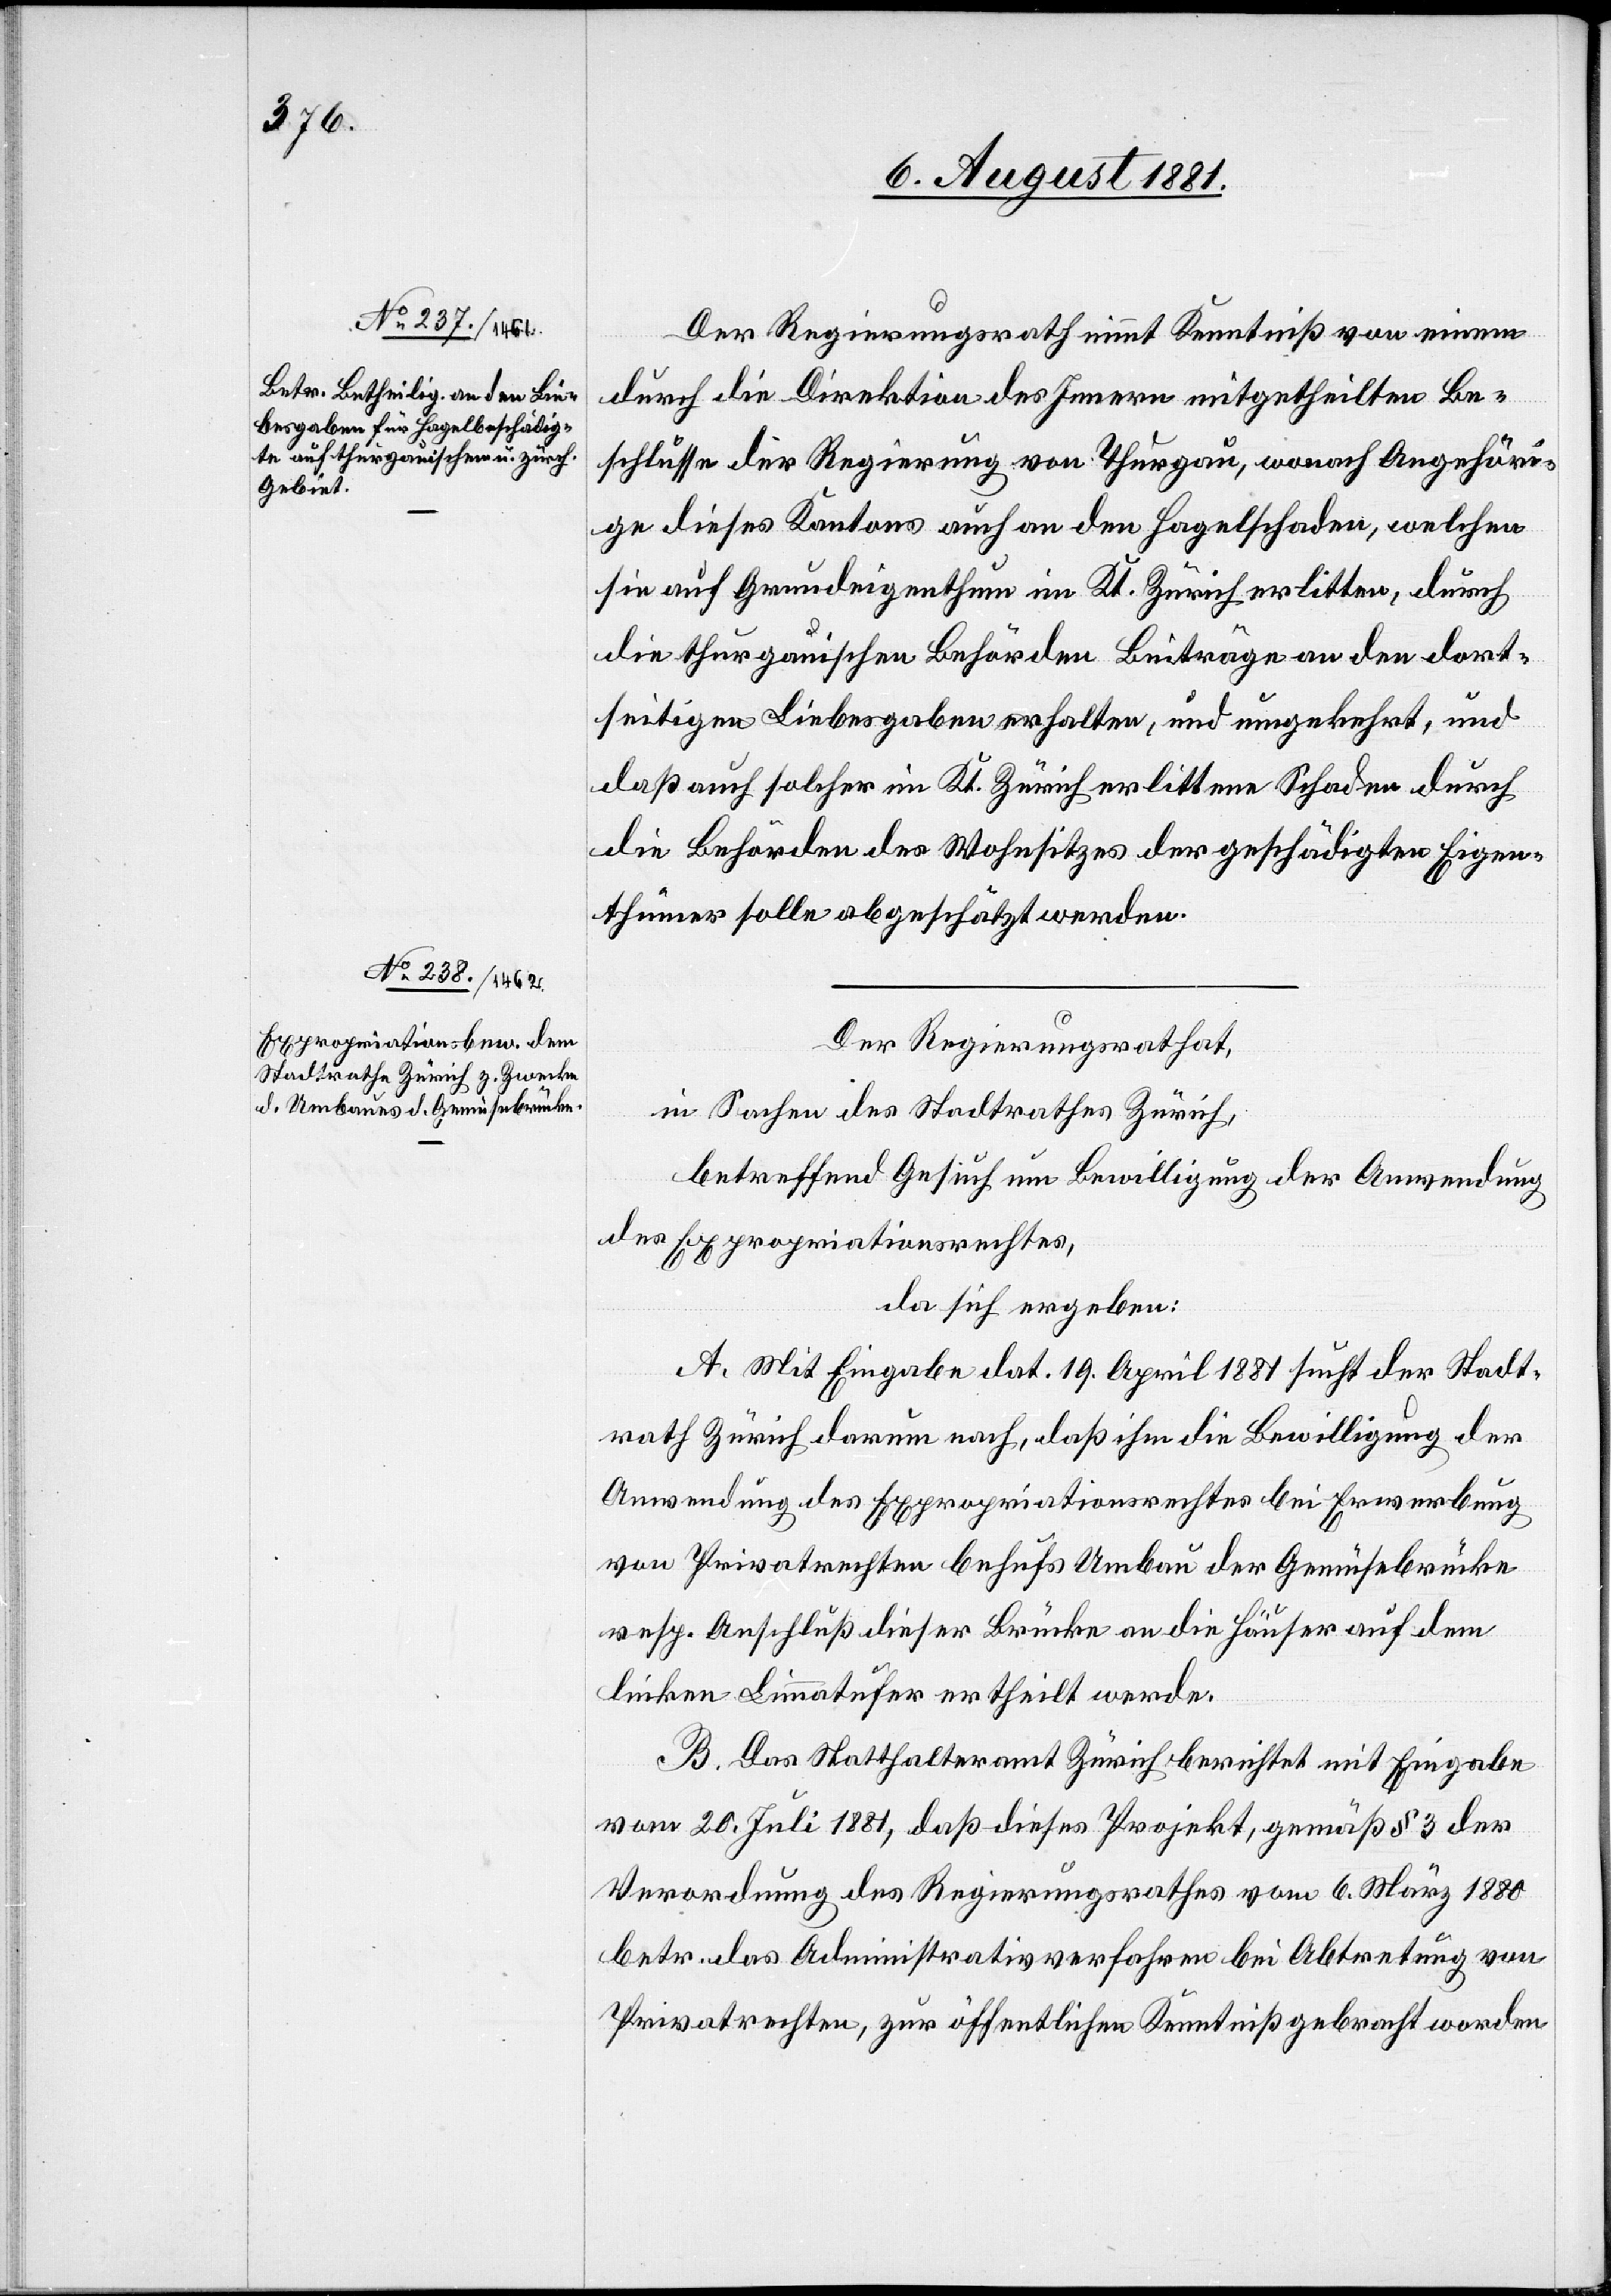
Der Regierungsrath nimmt Kenntniß von einem
durch die Direktion des Innern mitgetheilten Be¬
schlusse der Regierung von Thurgau , wonach Angehöri¬
ge dieses Kantons auch an den Hagelschaden, welchen
sie auf Grundeigenthum im Kt. Zürich erlitten, durch
die thurgauischen Behörden Beiträge an den dort¬
seitigen Liebesgaben erhalten, und umgekehrt, und
daß auch solcher im Kt. Zürich erlittene Schaden durch
die Behörden des Wohnsitzes der geschädigten Eigen¬
thümer solle abgeschätzt werden.
Der Regierungsrath hat,
in Sachen des Stadtrathes Zürich,
betreffend Gesuch um Bewilligung der Anwendung
des Expropriationsrechtes,
da sich ergeben:
A. Mit Eingabe dat. 19. April 1881 sucht der Stadt¬
rath Zürich darum nach, daß ihm die Bewilligung der
Anwendung des Expropriationsrechtes bei Erwerbung
von Privatrechten behufs Umbau der Gemüsebrücke
resp. Anschluß dieser Brücke an die Häuser auf dem
linken Limmatufer ertheilt werde.
B. Das Statthalteramt Zürich berichtet mit Eingabe
vom 20. Juli 1881, daß dieses Projekt, gemäß § 3 der
Verordnung des Regierungsrathes vom 6. März 1880
betr. das Administrativverfahren bei Abtretung von
Privatrechten, zur öffentlichen Kenntniß gebracht worden